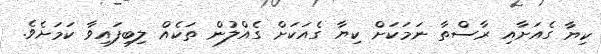
ކިޔާ ގެއަށާއި ރާސްތާ ނަމަކަށް ކިޔާ ގެއަކަށް ގެއްލުން ތަކެއް ލިބިފައިވާ ކަމަށެވެ.